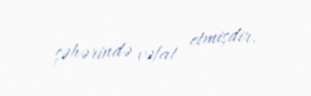
şəhərində vəfat etmişdir.